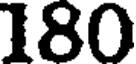
180